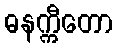
ဓနက္ကီတော